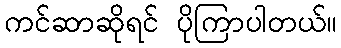
ကင်ဆာဆိုရင် ပိုကြာပါတယ်။